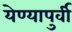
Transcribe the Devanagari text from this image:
येण्यापुर्वी